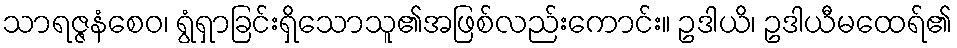
သာရဇ္ဇနံစေဝ၊ ရွံရှာခြင်းရှိသောသူ၏အဖြစ်လည်းကောင်း။ ဥဒါယိ၊ ဥဒါယီမထေရ်၏